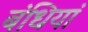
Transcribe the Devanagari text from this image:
बंधियां